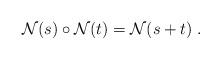
LaTeX: \begin{align*}\mathcal{N}(s)\circ\mathcal{N}(t) = \mathcal{N}(s+t)\;.\end{align*}